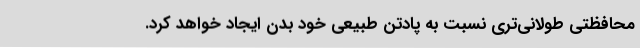
محافظتی طولانی‌تری نسبت به پادتن طبیعیِ خودِ بدن ایجاد خواهد کرد.